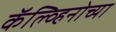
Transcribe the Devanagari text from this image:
कॅल्व्हिनोच्या